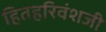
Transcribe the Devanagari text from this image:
हितहरिवंशजी